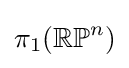
\pi _{1}(\mathbb {RP} ^{n})